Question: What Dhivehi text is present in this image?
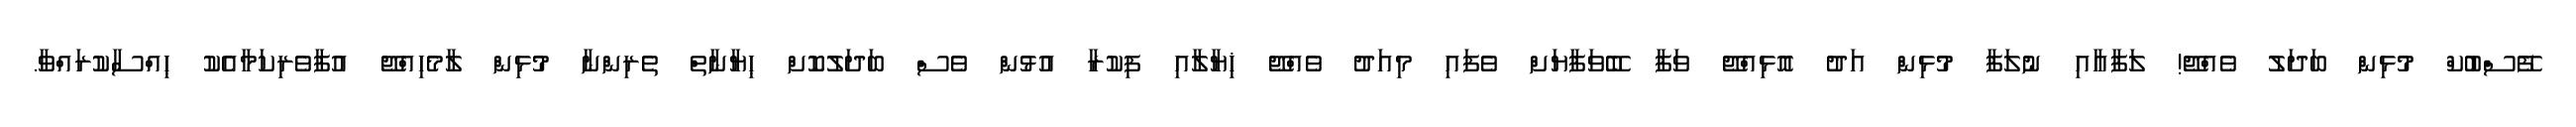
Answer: ފޭސްބުކް މުޅިން ބަދަލު ވެއްޖޭ! ލަފާއާއި ނުލަފާ މުޅިން އަދު އޮޅިއްޖޭ ވަފާ ބޭވަފާޔަށް ވެފައި މިއަދު ވެއްޖޭ ޚިޔާލާއި ފިކުރާ އުޅުން ވެސް ބަދަލުކޮށް ޙިޔާނާތް ތެރިންނާ މުޅިން ލާމެހިއްޖޭ އުފާވެރިކަމާއެކު ޙިއްސާކުރައްވާ.